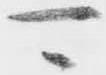
可